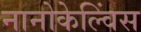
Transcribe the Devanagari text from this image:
नानोकेल्विंस